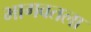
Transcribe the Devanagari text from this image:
भागवतला